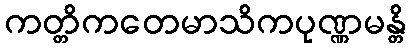
ကတ္တိကတေမာသိကပုဏ္ဏမန္တိ